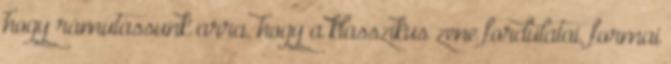
hogy rámutassunk arra, hogy a klasszikus zene fordulatai, formai